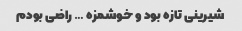
شیرینی تازه بود و خوشمزه … راضی بودم